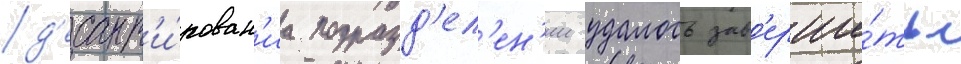
д'есант'и́рован'иа подразд'ел'ен'ии удалось зав'ерши́ть